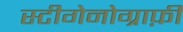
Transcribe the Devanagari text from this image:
स्टीगेनोग्राफ़ी